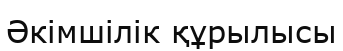
Әкімшілік құрылысы